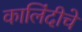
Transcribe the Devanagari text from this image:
कालिंदीचे